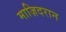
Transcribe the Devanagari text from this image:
माज़िदरान